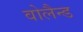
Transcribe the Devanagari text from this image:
वोलैन्ड